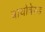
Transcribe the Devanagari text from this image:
बायोबेस्ड